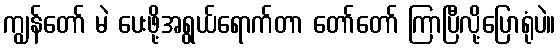
ကျွန်တော် မဲ ပေးဖို့အရွယ်ရောက်တာ တော်တော် ကြာပြီလို့ပြောရုံပဲ။